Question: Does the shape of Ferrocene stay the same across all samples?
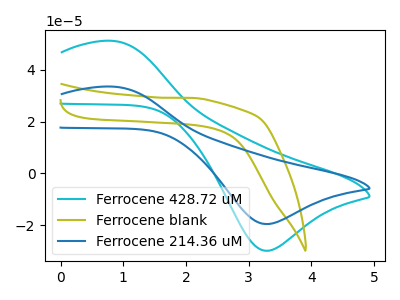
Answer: <think>The cyan curve "Ferrocene 428.72 uM" has an anodic peak at (0.80V, 51.20uA) and a cathodic peak at (3.25V, -29.85uA). The olive curve "Ferrocene blank" has no peaks. The blue curve "Ferrocene 214.36 uM" has an anodic peak at (0.80V, 33.55uA) and a cathodic peak at (3.25V, -19.55uA).
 "Ferrocene 428.72 uM" and "Ferrocene blank" have a different number of peaks. All the peaks in "Ferrocene 428.72 uM" have a peak in "Ferrocene 214.36 uM" at the same potential. Every peak in "Ferrocene 428.72 uM" is higher than every peak in "Ferrocene 214.36 uM". "Ferrocene blank" and "Ferrocene 214.36 uM" have a different number of peaks.</think>
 <answer>All the CV's of "Ferrocene" have similar shape.</answer>
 <eval>follow_rule</eval>